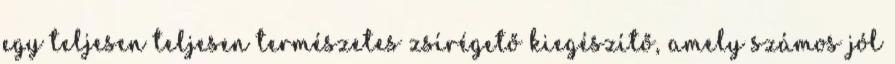
egy teljesen teljesen természetes zsírégető kiegészítő, amely számos jól